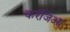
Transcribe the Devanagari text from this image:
करंजिआ